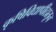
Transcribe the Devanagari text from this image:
कृषिविद्यापीठातून